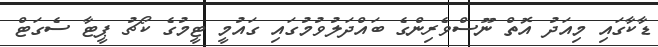
ޑާކާގައި މިއަދު އޮތް ނޫސްވެރިންގެ ބައްދަލުވުމުގައި ގައުމީ ޓީމުގެ ކޯޗު ޕީޓާ ސެގަޓް